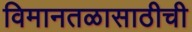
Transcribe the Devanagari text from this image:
विमानतळासाठीची